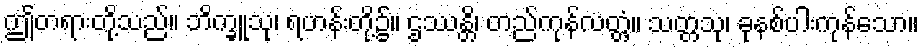
ဤတရားတို့သည်။ ဘိက္ခူသု၊ ရဟန်းတို့၌။ ဌဿန္တိ၊ တည်ကုန်လတ္တံ့။ သတ္တသု၊ ခုနစ်ပါးကုန်သော။